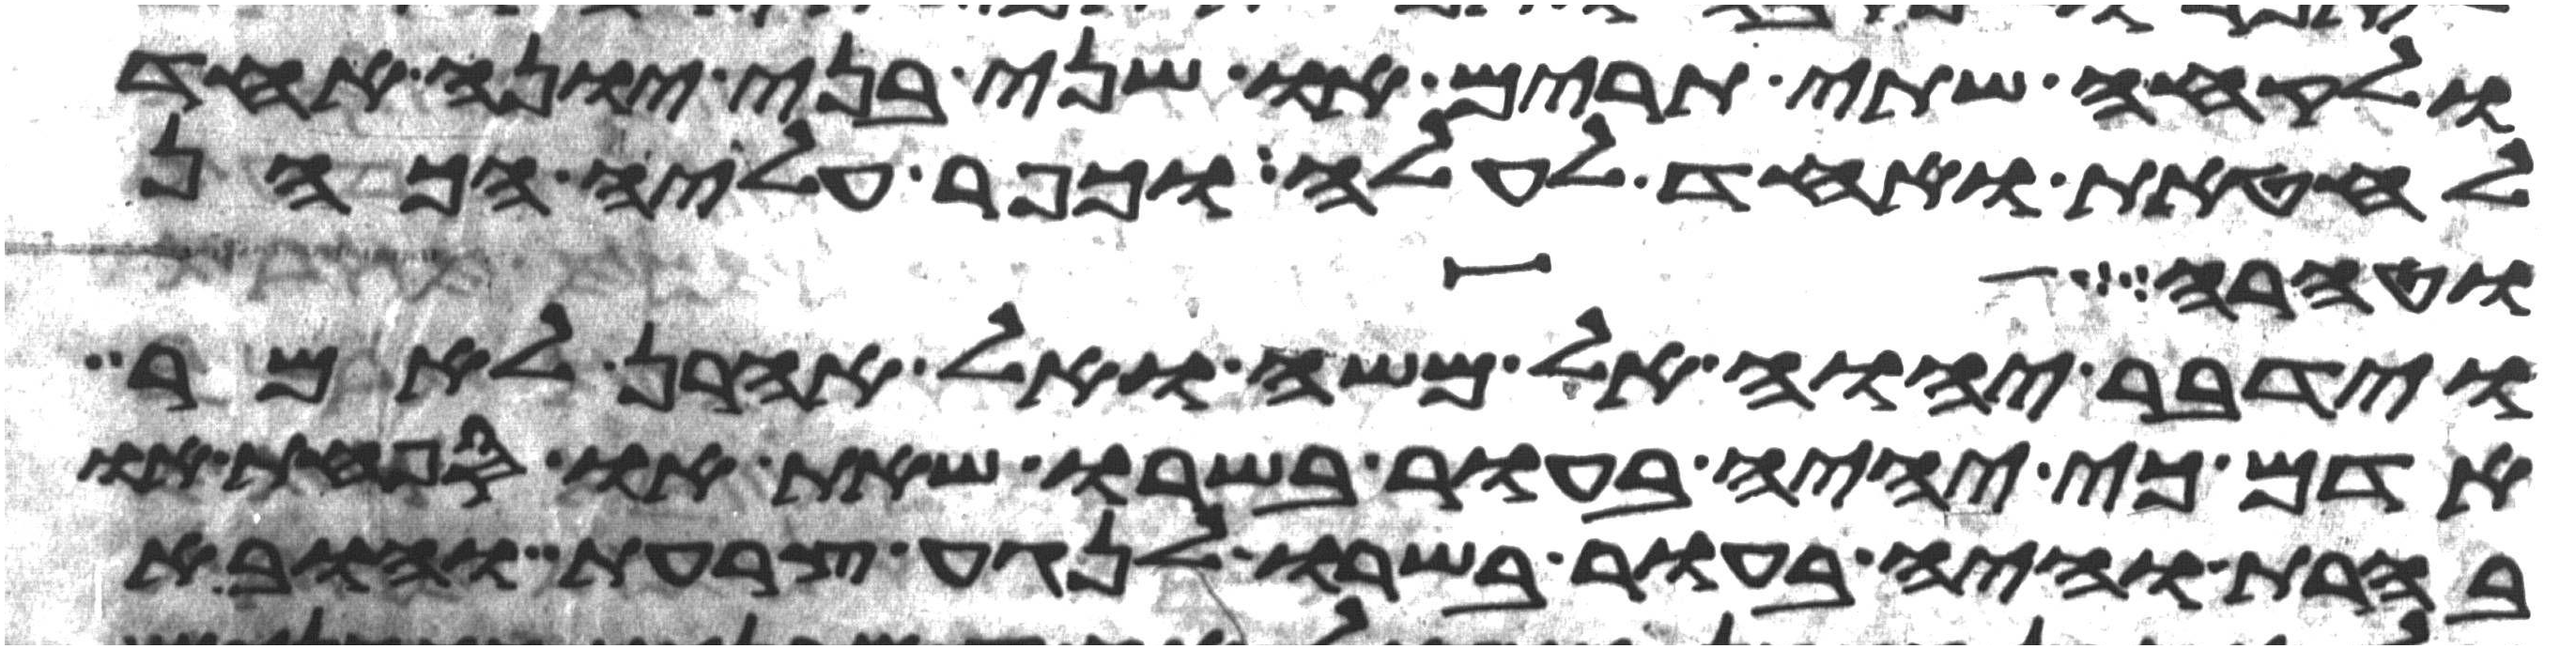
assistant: ולקחה שתי תרים או שני בני יונה אחד
לחטאת ואחד לעלה וכפר עליה הכהן
וטהרה
וידבר יהוה אל משה ואל אהרן לאמר
אדם כי יהיה בעור בשרו שאת או ספחת או
בהרת והיה בעור בשרו לנגע צרעת והובא